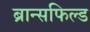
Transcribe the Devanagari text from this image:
ब्रान्सफिल्ड